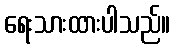
ရေးသားထားပါသည်။